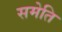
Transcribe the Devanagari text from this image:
समेति